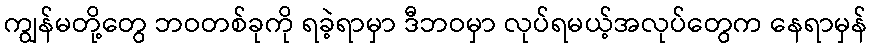
ကျွန်မတို့တွေ ဘဝတစ်ခုကို ရခဲ့ရာမှာ ဒီဘဝမှာ လုပ်ရမယ့်အလုပ်တွေက နေရာမှန်